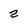
Character: 2